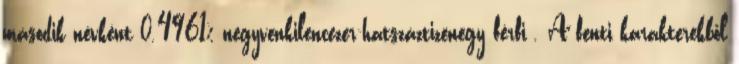
második névként 0.4961% negyvenkilencezer-hatszáztizenegy férfi . A fenti karakterekből